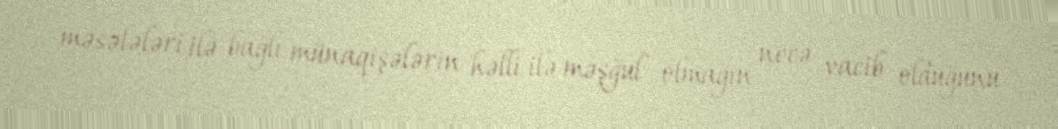
məsələləri ilə bağlı münaqişələrin həlli ilə məşğul olmağın necə vacib olduğunu